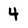
Character: 4